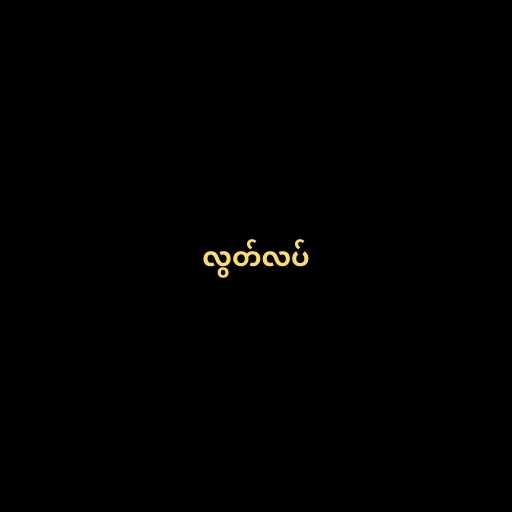
လွတ်လပ်